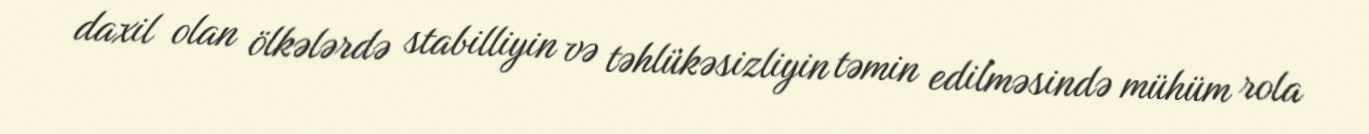
daxil olan ölkələrdə stabilliyin və təhlükəsizliyin təmin edilməsində mühüm rola